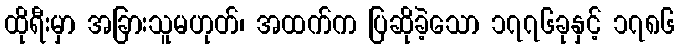
ထိုရီးမှာ အခြားသူမဟုတ်၊ အထက်က ပြဆိုခဲ့သော ၁၇၇၆ခုနှင့် ၁၇၈၆